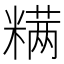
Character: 𰫋